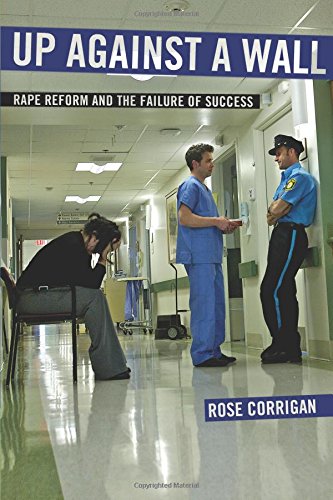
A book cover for Up Against a Wall: Rape Reform and the Failure of Success; Rose Corrigan; Law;